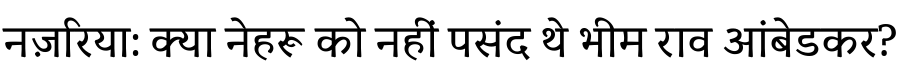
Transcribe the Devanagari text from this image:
नज़रिया: क्या नेहरू को नहीं पसंद थे भीम राव आंबेडकर?